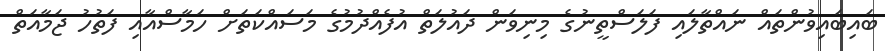
ބައިބައިވުންތައް ނައްތާލައި ފަލަސްތީނުގެ މިނިވަން ދައުލަތް އުފެއްދުމުގެ މަސައްކަތަށް ހަމާސްއާއި ފަތުހު ޖަމާއަތް